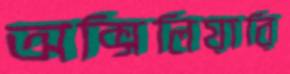
অক্সিলিয়ারি